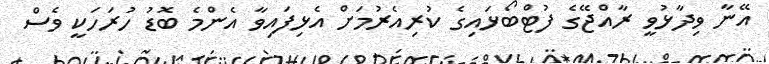
އޭނާ ވިދާޅުވީ ރާއްޖޭގެ ފުޓްބޯޅައިގެ ކުރިއެރުމަށް އެޅިފައިވާ އެންމެ ބޮޑު ހުރަހަކީ ވެސް